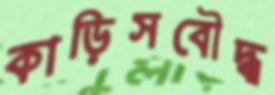
কাড়িসবৌদ্ধ